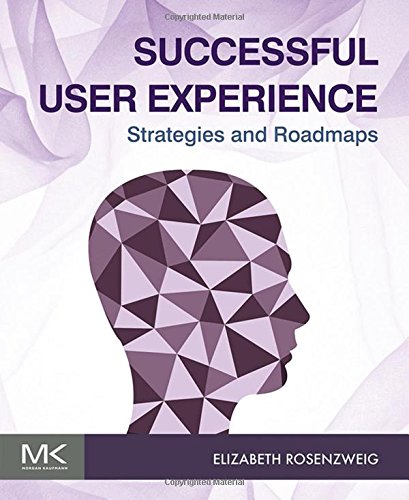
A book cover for Successful User Experience: Strategies and Roadmaps; Elizabeth Rosenzweig; Computers & Technology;